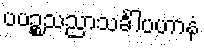
ပပဉ္စသညာသင်္ခါပဟာနံ